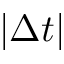
\left| \Delta t \right|